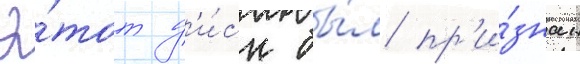
Э́тот д'и́ск бы́л пр'и́знан